画像に写った文字を読んでください
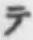
「テ」と書いてあります